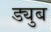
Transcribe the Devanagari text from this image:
ड्युब